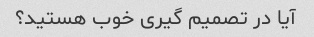
آیا در تصمیم گیری خوب هستید؟